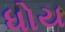
ધોય